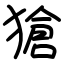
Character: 獊